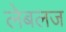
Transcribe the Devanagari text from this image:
लेबलज